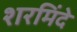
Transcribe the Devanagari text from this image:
शरमिंदे